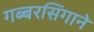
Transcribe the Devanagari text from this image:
गब्बरसिंगाने